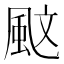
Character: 𩖰